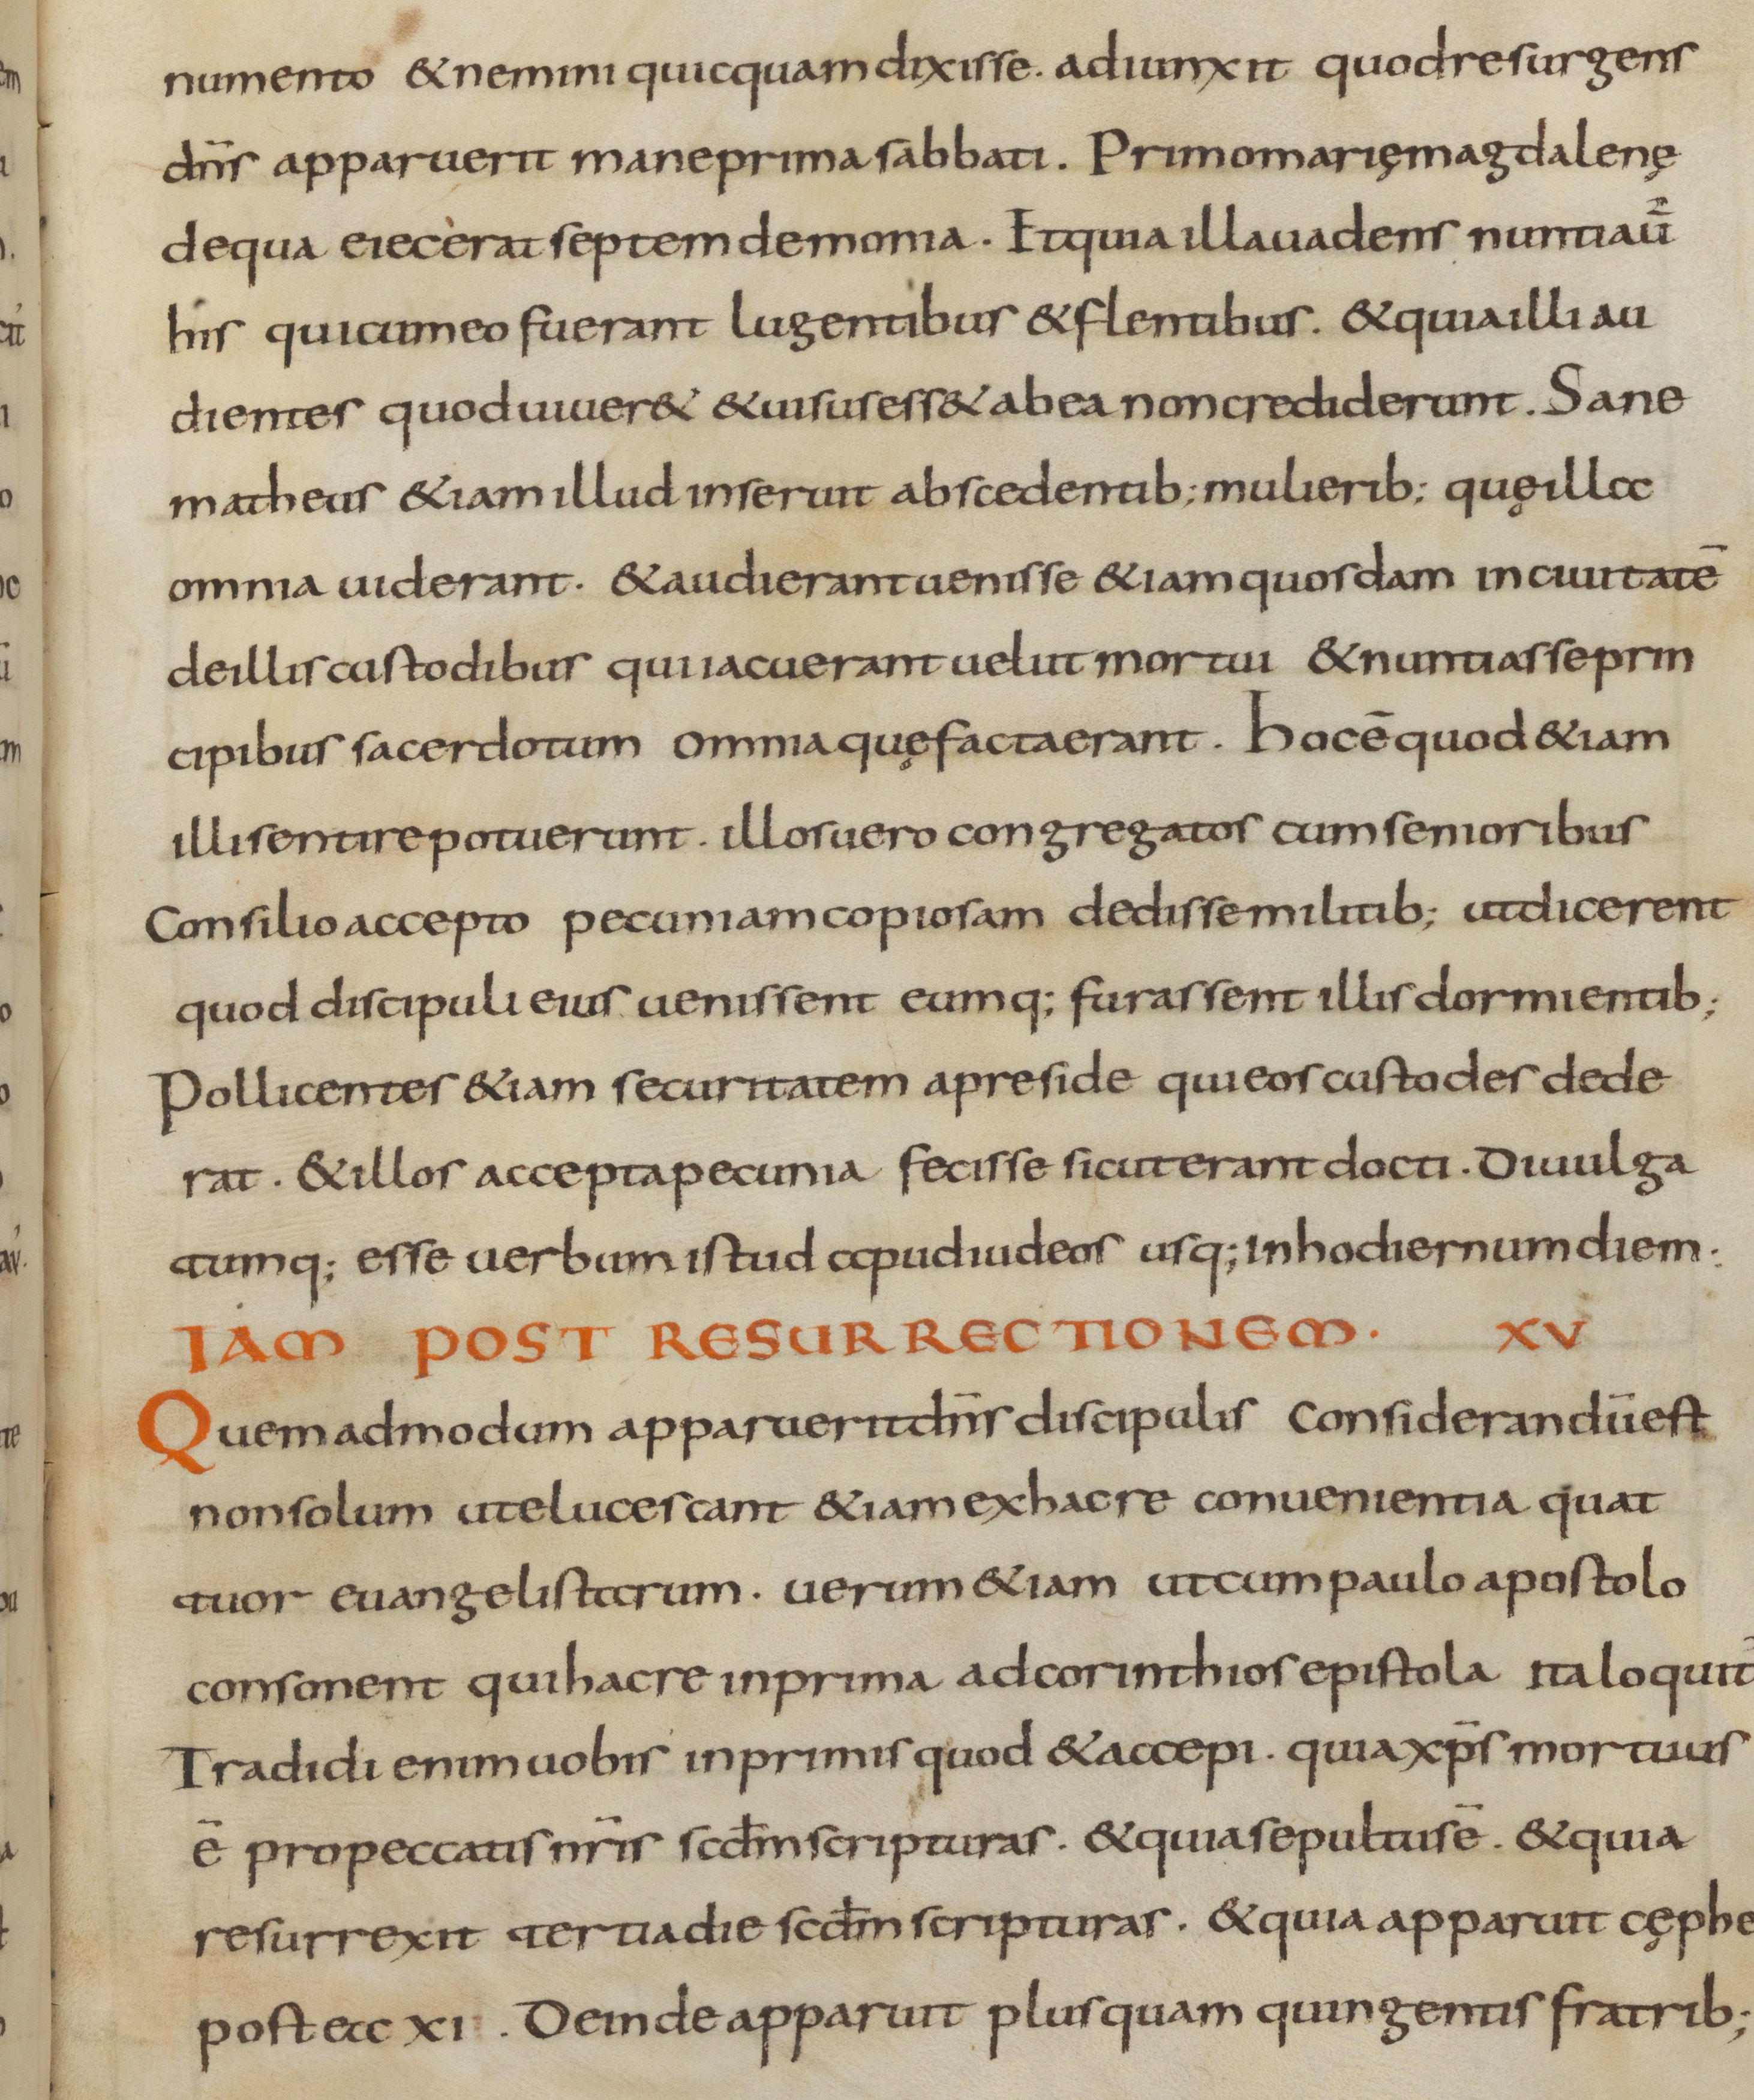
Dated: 800–899